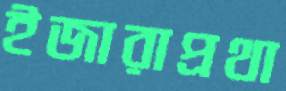
ইজারাপ্রথা